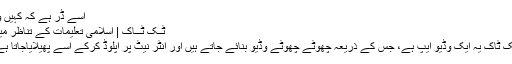
اسے ڈر ہے کہ کہیں وہ
ٹِــک ٹـــاک | اسلامی تعلیمات کے تناظر میں
ٹک ٹاک یہ ایک وڈیو ایپ ہے، جس کے ذریعہ چھوٹے چھوٹے وڈیو بنائے جاتے ہیں اور انٹر نیٹ پر اپلوڈ کرکے اسے پھیلایاجاتا ہے۔